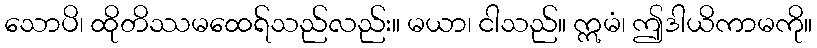
သောပိ၊ ထိုတိဿမထေရ်သည်လည်း။ မယာ၊ ငါသည်။ ဣမံ၊ ဤဒါယိကာမကို။